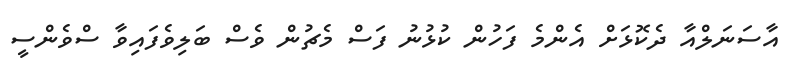
އާސަނަލްއާ ދެކޮޅަށް އެންމެ ފަހުން ކުޅުނު ފަސް މެޗުން ވެސް ބަލިވެފައިވާ ސްވެންސީ